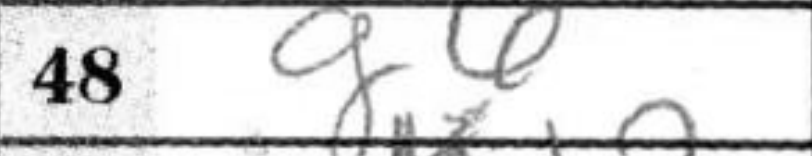
Transcription: g6